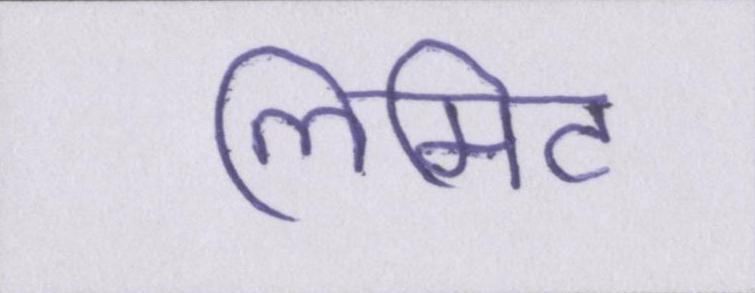
लिमिट